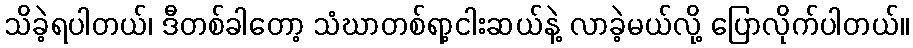
သိခဲ့ရပါတယ်၊ ဒီတစ်ခါတော့ သံဃာတစ်ရာ့ငါးဆယ်နဲ့ လာခဲ့မယ်လို့ ပြောလိုက်ပါတယ်။